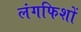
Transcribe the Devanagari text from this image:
लंगफिशों